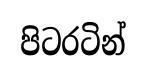
පිටරටින්